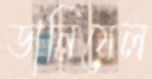
ডানিয়েল